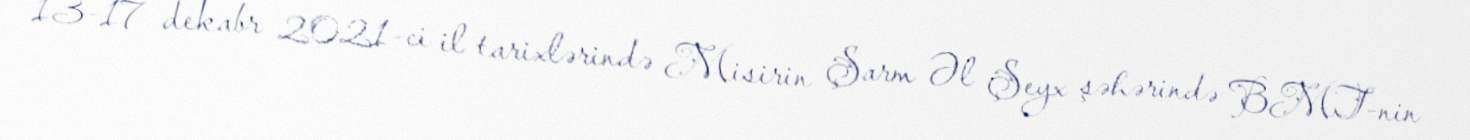
13-17 dekabr 2021-ci il tarixlərində Misirin Şarm Əl Şeyx şəhərində BMT-nin